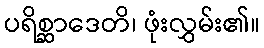
ပရိစ္ဆာဒေတိ၊ ဖုံးလွှမ်း၏။